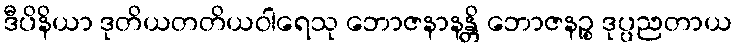
ဒီပိနိယာ ဒုတိယတတိယဝါရေသု ဘောဇနာနန္တိ ဘောဇနဉ္စ ဒုပ္ပညတာယ